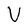
Character: V